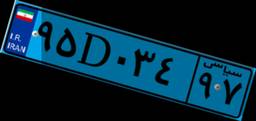
۷۸D۹۰۶۶۸